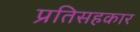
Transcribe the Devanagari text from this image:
प्रतिसहकार